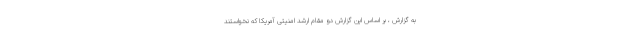
به گزارش ، بر اساس این گزارش دو مقام ارشد امنیتی آمریکا که نخواستند